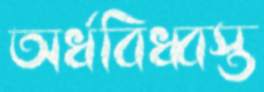
অর্ধবিধ্বস্ত